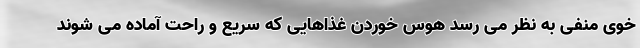
خوی منفی به نظر می رسد هوس خوردن غذاهایی که سریع و راحت آماده می شوند